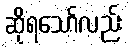
ဆိုရသော်လည်း